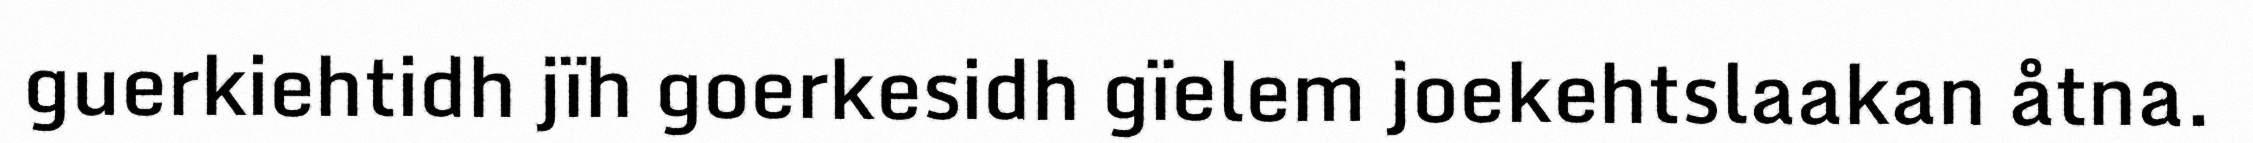
guerkiehtidh jïh goerkesidh gïelem joekehtslaakan åtna.